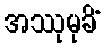
အဿုမုခိံ